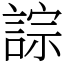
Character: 誴